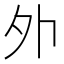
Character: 𡖄